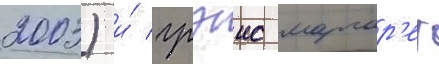
2003) и́ грэис маргар'ет